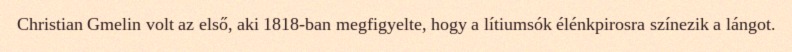
Christian Gmelin volt az első, aki 1818-ban megfigyelte, hogy a lítiumsók élénkpirosra színezik a lángot.